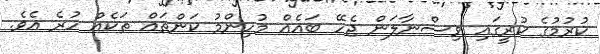
ކުރުމުގެ ކުރީގައި ވިސްނާލަން ޖެހޭ ބައެއް މުހިންމު ކަންތައް ތަކެއް ހުރެ އެވެ.